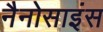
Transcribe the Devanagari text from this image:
नैनोसाइंस